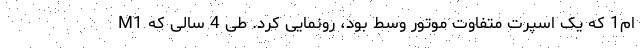
ام1 که یک اسپرت متفاوت موتور وسط بود، رونمایی کرد. طی 4 سالی که M1